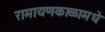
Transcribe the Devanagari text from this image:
रामायणकाळामधे